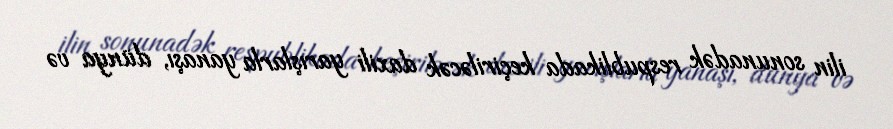
ilin sonunadək respublikada keçiriləcək daxili yarışlarla yanaşı, dünya və